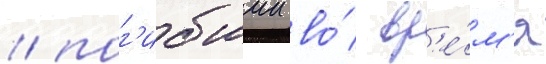
/ пог'ибшии во́ вр'е́м'я